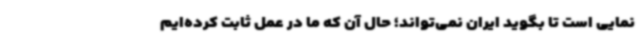
نمایی است تا بگوید ایران نمی‌تواند؛ حال آن که ما در عمل ثابت کرده‌ایم